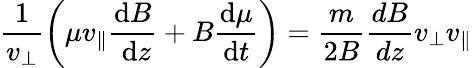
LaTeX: \frac{1}{v_{\perp}}\left(\mu v_{\| }\frac{\mathrm{d}B}{\mathrm{~d}z}+B\frac{\mathrm{d}\mu}{\mathrm{d}t}\right)=\frac{m}{2B}\frac{dB}{dz}v_{\perp}v_{\| }